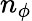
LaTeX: n_{\phi}